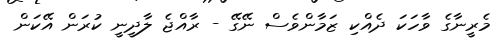
މެރީނާގެ ވާހަކަ ދެެއްކި ޒަމާންވެސް ނޭގޭ - ރާއްޖެ ލާދީނީ ކުރަން އޭކަން